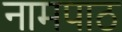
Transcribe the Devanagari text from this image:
नामपाठ